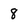
Character: 8